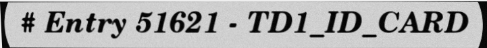
# Entry 51621 - TD1_ID_CARD